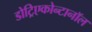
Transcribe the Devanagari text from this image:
डोट्रिएकोन्टानॉल